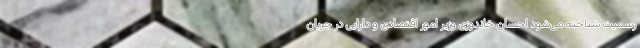
رسمیت شناخته می‌شود احسان خاندوزی وزیر امور اقتصادی و دارایی در جریان